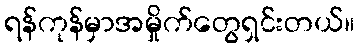
ရန်ကုန်မှာအမှိုက်တွေရှင်းတယ်။